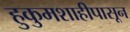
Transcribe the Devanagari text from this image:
हुकुमशाहीपासून